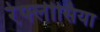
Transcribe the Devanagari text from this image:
रेफ्लीसिया